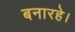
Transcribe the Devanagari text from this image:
बनारहे।